King Institute of Preventive Medicine Bacteriolog. Section reports 1907-08
Year: 1907
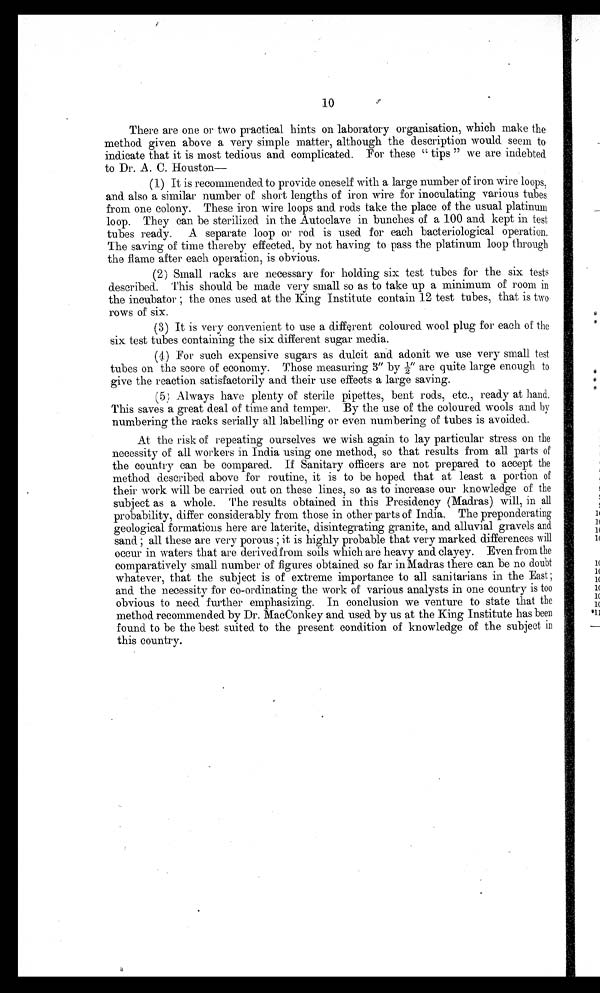
10
There are one or two practical hints on laboratory organisation, which make the
method given above a very simple matter, although the description would seem to
indicate that it is most tedious and complicated. For these "tips" we are indebted
to Dr. A. C. Houston
(1) It is recommended to provide-oneself with a large number of iron wire loops,
and also a similar number of short lengths of iron wire for inoculating various tubes
from one colony. These iron wire loops and rods take the place of the usual platinum
loop. They can be sterilized in the Autoclave in bunches of a 100 and kept in test
tubes ready. A separate loop or rod is used for each bacteriological operation.
The saving of time thereby effected, by not having to pass the platinum loop through
the flame after each operation, is obvious.
(2) Small racks are necessary for holding six test tubes for the six tests
described. This should be made very small so as to take up a minimum of room in
the incubator; the ones used at the King Institute contain 12 test tubes, that is two
rows of six.
(3) It is very convenient to use a different coloured wool plug for each of the
six test tubes containing the six different sugar media.
(4) For such expensive sugars as dulcit and adonit we use very small test
tubes On the score of economy. Those measuring 3″ by ½″ are quite large enough to
give the reaction satisfactorily and their use effects a large saving.
(5) Always have plenty of sterile pipettes, bent rods, etc., ready at hand.
This saves a great deal of time and temper. By the use of the coloured wools and by
numbering the racks serially all labelling or even numbering of tubes is avoided.
At the risk of repeating ourselves we wish again to lay particular stress on the
necessity of all workers in India using one method, so that results from all parts of
the country can be compared. If Sanitary officers are not prepared to accept the
method described above for routine, it is to be hoped that at least a portion of
their work will be carried out on these lines, so as to increase our knowledge of the
subject as a whole. The results obtained in this Presidency (Madras) will, in all
probability, differ considerably from those in other parts of India. The preponderating
geological formations here are laterite, disintegrating granite, and alluvial gravels and
sand; all these are very porous; it is highly probable that very marked differences will
occur in waters that are derived from soils which are heavy and clayey. Even from the
comparatively small number of figures obtained so far in Madras there can be no doubt
whatever, that the subject is of extreme importance to all sanitarians in the East;
and the necessity for co-ordinating the work of various analysts in one country is too
obvious to need further emphasizing. In conclusion we venture to state that the
method recommended by Dr. MacConkey and used by us at the King Institute has been
found to be the best suited to the present condition of knowledge of the subject in
this country.